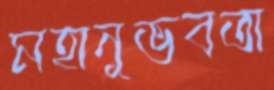
মহানুভবতা